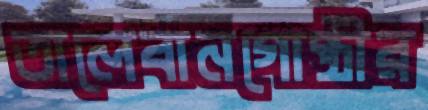
তালেবানগোষ্ঠীর